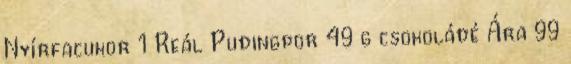
Nyírfacukor 1 Reál Pudingpor 49 g csokoládé Ára 99